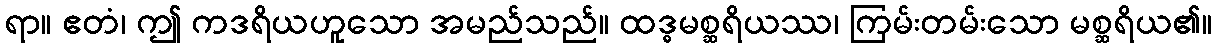
ရာ။ ဧတံ၊ ဤ ကဒရိယဟူသော အမည်သည်။ ထဒ္ဓမစ္ဆရိယဿ၊ ကြမ်းတမ်းသော မစ္ဆရိယ၏။